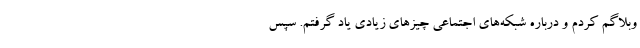
وبلاگم کردم و درباره شبکه‌های اجتماعی چیزهای زیادی یاد گرفتم. سپس